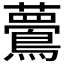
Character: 𪅇